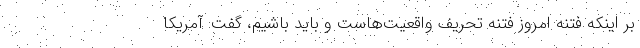
بر اینکه فتنه امروز فتنه تحریف واقعیت‌هاست و باید باشیم، گفت: آمریکا